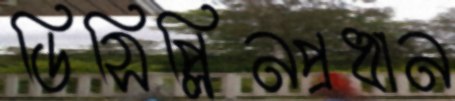
ডিসিপ্লিনপ্রধান